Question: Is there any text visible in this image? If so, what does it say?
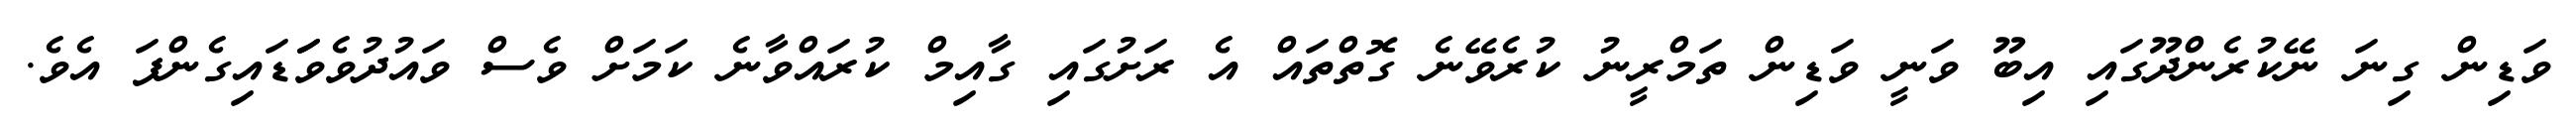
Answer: ވަޑިން ގިނަ ނޭކުރެންދޫގައި އިބޫ ވަނީ ވަޑިން ތަމްރީނު ކުރެވޭނެ ގޮތްތައް އެ ރަށުގައި ގާއިމް ކުރައްވާނެ ކަމަށް ވެސް ވައުދުވެވަަޑައިގެންފަ އެވެ.